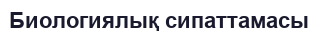
Биологиялық сипаттамасы